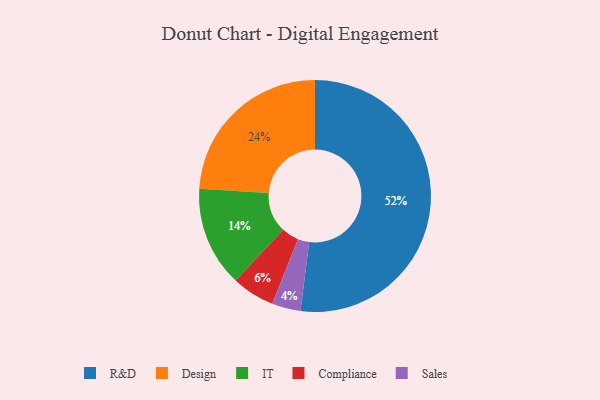
{"axis": {"x": "Category", "y": "Percentage"}, "legend": ["Compliance", "Design", "IT", "R&D", "Sales"], "data": [{"x": "Design", "y": 24, "type": "Design"}, {"x": "R&D", "y": 52, "type": "R&D"}, {"x": "Sales", "y": 4, "type": "Sales"}, {"x": "IT", "y": 14, "type": "IT"}, {"x": "Compliance", "y": 6, "type": "Compliance"}]}